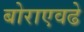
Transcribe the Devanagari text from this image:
बोराएवढे